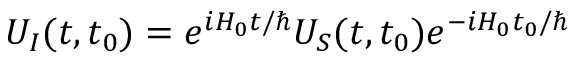
U _ { I } ( t , t _ { 0 } ) = e ^ { i H _ { 0 } t / \hbar } U _ { S } ( t , t _ { 0 } ) e ^ { - i H _ { 0 } t _ { 0 } / \hbar }